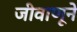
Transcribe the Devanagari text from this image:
जीवाणूने